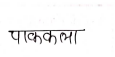
मजकूर: पाककला